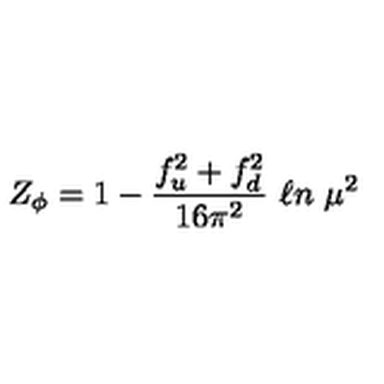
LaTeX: Z _ { \phi } = 1 - { \frac { f _ { u } ^ { 2 } + f _ { d } ^ { 2 } } { 1 6 \pi ^ { 2 } } } \ \ell n \ \mu ^ { 2 }